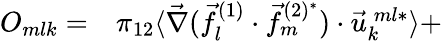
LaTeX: \begin{array}{rl}{O_{mlk}=}&{{}\pi_{12}\langle\vec{\nabla}(\vec{f}_{l}^{(1)}\cdot\vec{f}_{m}^{(2)^{*}})\cdot\vec{u}_{k}^{\: ml*}\rangle+}\end{array}